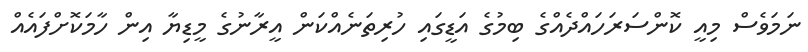
ނަމަވެސް މިއީ ކޮންސަރަހައްދެއްގެ ބިމުގެ އަޑީގައި ހުރިތަނެއްކަން އީރާނުގެ މީޑިޔާ އިން ހާމަކޮށްފައެއް